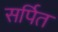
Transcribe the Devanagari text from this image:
सर्पित